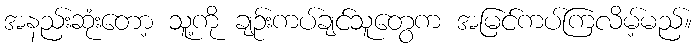
အနည်းဆုံးတော့ သူ့ကို ချဉ်းကပ်ချင်သူတွေက အမြင်ကပ်ကြလိမ့်မည်။